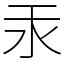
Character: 汞